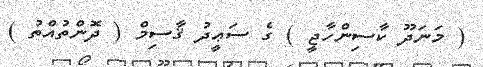
( މަނަދޫ ކާސިންހާޖީ ) ގެ ސަޢީދު ޤާސިމް ( ދޮންތުއްތު )